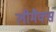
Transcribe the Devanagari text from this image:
लीमैक्स